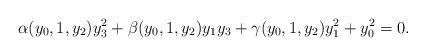
LaTeX: \begin{align*} \alpha(y_0, 1, y_2)y_3^2+\beta(y_0, 1, y_2)y_1y_3+\gamma(y_0, 1, y_2)y_1^2+y_0^2=0. \end{align*}